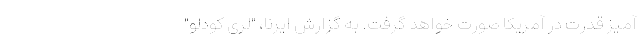
آمیز قدرت در آمریکا صورت خواهد گرفت. به گزارش ایرنا،‌ "لری کودلو"